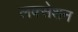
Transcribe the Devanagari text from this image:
लक्सेशन